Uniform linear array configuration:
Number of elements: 16
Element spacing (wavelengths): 1
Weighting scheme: blackman
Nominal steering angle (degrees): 0
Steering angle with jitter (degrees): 0.8736
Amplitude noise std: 0.05
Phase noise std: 0.05

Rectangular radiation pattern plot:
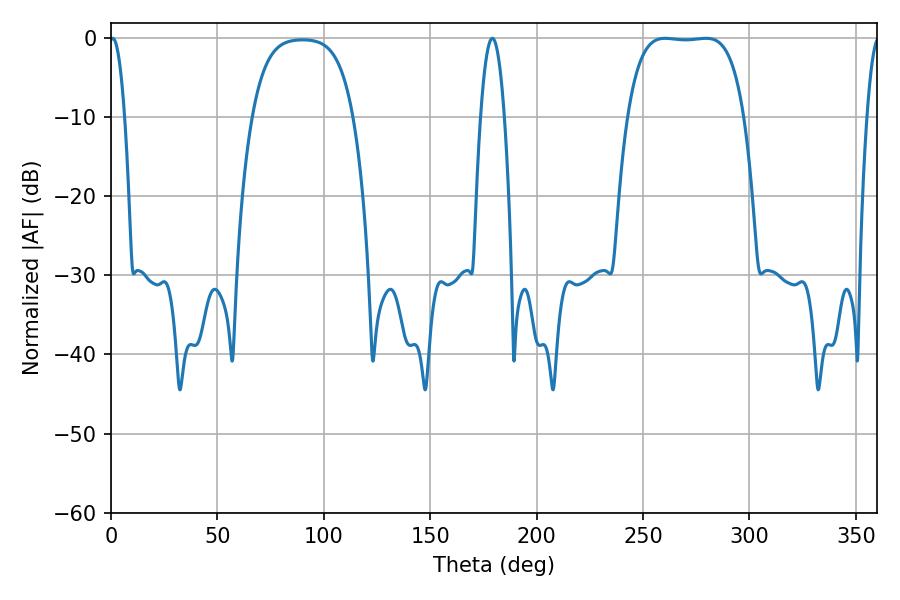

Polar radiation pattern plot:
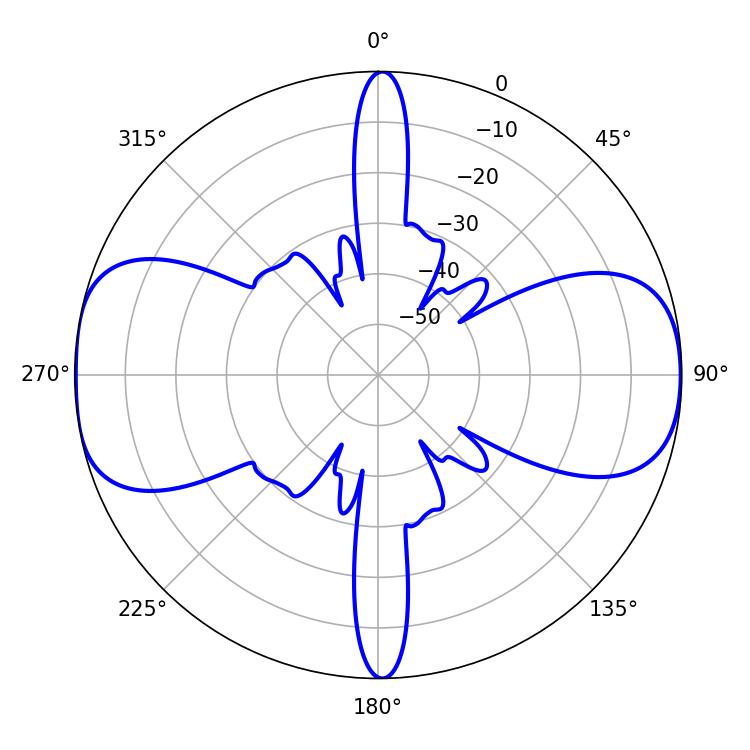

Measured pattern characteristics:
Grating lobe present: TRUE
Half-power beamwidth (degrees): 42.48
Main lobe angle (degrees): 260.28